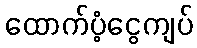
ထောက်ပံ့ငွေကျပ်